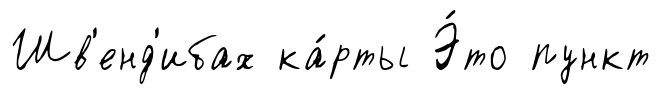
Шв'енд'ибах ка́рты Э́то пункт